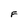
Character: F